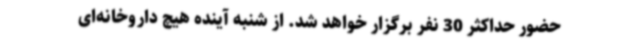
حضور حداکثر 30 نفر برگزار خواهد شد. از شنبه آینده هیچ داروخانه‌ای